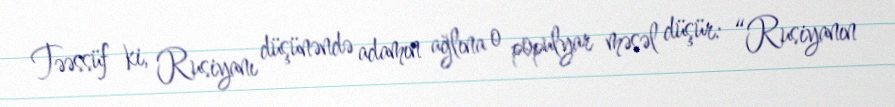
Təəssüf ki, Rusiyanı düşünəndə adamın ağlına o populyar məsəl düşür: “Rusiyanın